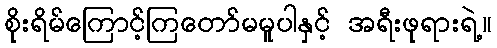
စိုးရိမ်ကြောင့်ကြတော်မမူပါနှင့် အရီးဖုရားရဲ့။